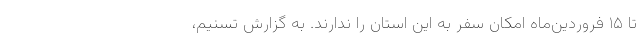
تا ۱۵ فروردین‌ماه امکان سفر به این استان را ندارند. به گزارش تسنیم،